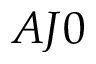
A J 0